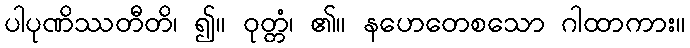
ပါပုဏိဿတီတိ၊ ၍။ ဝုတ္တံ၊ ၏။ နဟေတေစသော ဂါထာကား။